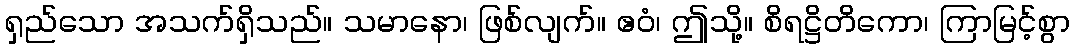
ရှည်သော အသက်ရှိသည်။ သမာနော၊ ဖြစ်လျက်။ ဧဝံ၊ ဤသို့။ စိရဋ္ဌိတိကော၊ ကြာမြင့်စွာ